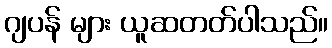
ဂျပန် များ ယူဆတတ်ပါသည်။